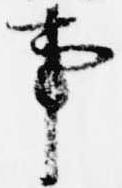
事